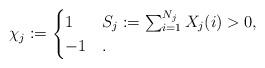
LaTeX: \begin{align*}\chi_j:= \begin{cases} 1 & S_j := \sum_{i=1}^{N_j} X_j(i) >0,\\-1 &.\end{cases}\end{align*}